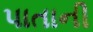
પાતાની